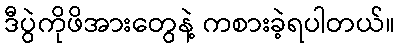
ဒီပွဲကိုဖိအားတွေနဲ့ ကစားခဲ့ရပါတယ်။